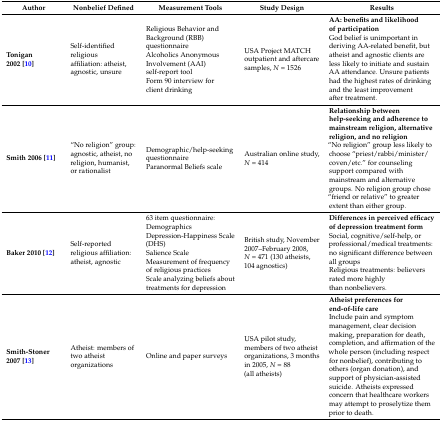
<table><thead><tr><td><b>Author</b></td><td><b>Nonbelief Defined</b></td><td><b>Measurement Tools</b></td><td><b>Study Design</b></td><td><b>Results</b></td></tr></thead><tbody><tr><td><b>Tonigan 2002 [10]</b></td><td>Self-identified religious affiliation: atheist, agnostic, unsure</td><td>Religious Behavior and Background (RBB) questionnaireAlcoholics Anonymous Involvement (AAI) self-report toolForm 90 interview for client drinking</td><td>USA Project MATCH outpatient and aftercare samples, <i>N</i> = 1526 </td><td><b>AA: benefits and likelihood of participation</b>God belief is unimportant in deriving AA-related benefit, but atheist and agnostic clients are less likely to initiate and sustain AA attendance. Unsure patients had the highest rates of drinking and the least improvement after treatment.</td></tr><tr><td><b>Smith 2006 [11]</b></td><td>“No religion” group: agnostic, atheist, no religion, humanist, or rationalist</td><td>Demographic/help-seeking questionnaireParanormal Beliefs scale</td><td>Australian online study, <i>N</i> = 414</td><td><b>Relationship between help-seeking and adherence to mainstream religion, alternative religion, and no religion</b>“No religion” group less likely to choose “priest/rabbi/minister/coven/etc.” for counseling support compared with mainstream and alternative groups.No religion group chose “friend or relative” to greater extent than either group.</td></tr><tr><td><b>Baker 2010 [12]</b></td><td>Self-reported religious affiliation: atheist, agnostic</td><td>63 item questionnaire:DemographicsDepression-Happiness Scale (DHS)Salience ScaleMeasurement of frequency of religious practicesScale analyzing beliefs about treatments for depression</td><td>British study, November 2007–February 2008, <i>N</i> = 471 (130 atheists, 104 agnostics)</td><td><b>Differences in perceived efficacy of depression treatment form</b>Social, cognitive/self-help, or professional/medical treatments: no significant difference between all groupsReligious treatments: believers rated more highly than nonbelievers.</td></tr><tr><td><b>Smith-Stoner 2007 [13]</b></td><td>Atheist: members of two atheist organizations</td><td>Online and paper surveys</td><td>USA pilot study, members of two atheist organizations, 3 months in 2005, <i>N</i> = 88 (all atheists)</td><td><b>Atheist preferences for end-of-life care</b>Include pain and symptom management, clear decision making, preparation for death, completion, and affirmation of the whole person (including respect for nonbelief), contributing to others (organ donation), and support of physician-assisted suicide. Atheists expressed concern that healthcare workers may attempt to proselytize them prior to death.</td></tr></tbody></table>